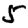
Digit: 5